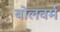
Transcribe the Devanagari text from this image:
बोलवर्म